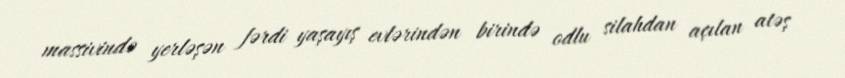
massivində yerləşən fərdi yaşayış evlərindən birində odlu silahdan açılan atəş